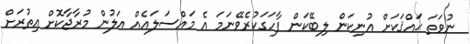
ނުވަތަ ޙައްޤަކަށް އުނިކަން ލިބޭކަން ފާހަގަކުރެވޭނަމަ އެ މައްސަލައެއް އަލުން މުރާޖާކޮށް އިތުރަށް